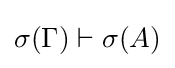
\sigma (\Gamma )\vdash \sigma (A)